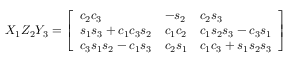
X _ { 1 } Z _ { 2 } Y _ { 3 } = { \left[ \begin{array} { l l l } { c _ { 2 } c _ { 3 } } & { - s _ { 2 } } & { c _ { 2 } s _ { 3 } } \\ { s _ { 1 } s _ { 3 } + c _ { 1 } c _ { 3 } s _ { 2 } } & { c _ { 1 } c _ { 2 } } & { c _ { 1 } s _ { 2 } s _ { 3 } - c _ { 3 } s _ { 1 } } \\ { c _ { 3 } s _ { 1 } s _ { 2 } - c _ { 1 } s _ { 3 } } & { c _ { 2 } s _ { 1 } } & { c _ { 1 } c _ { 3 } + s _ { 1 } s _ { 2 } s _ { 3 } } \end{array} \right] }